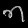
Digit: ၈